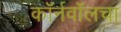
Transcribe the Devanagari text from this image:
कॉर्नवॉलचा